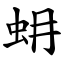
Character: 蚦